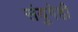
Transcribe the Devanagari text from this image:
संयुगेही